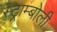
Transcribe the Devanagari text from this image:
स्ट्राम्बोली